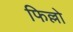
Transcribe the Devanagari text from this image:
फिल्लो